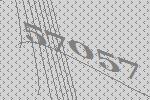
57057